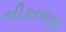
નીકાળવા